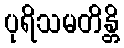
ပုရိသမတိန္တိ